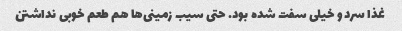
غذا سرد و خیلی سفت شده بود. حتی سیب زمینی‌ها هم طعم خوبی نداشتن